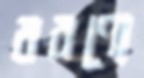
বরণ্যে